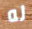
له